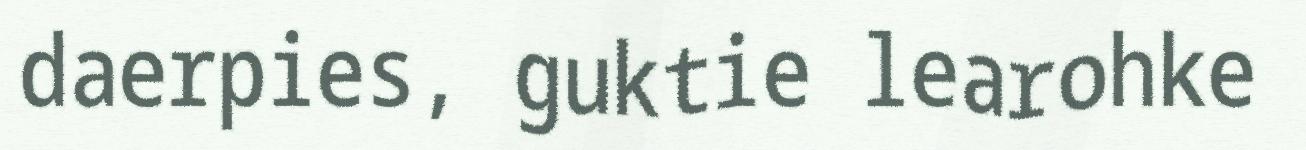
daerpies, guktie learohke